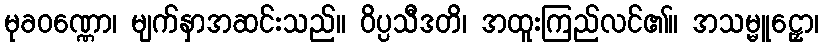
မုခဝဏ္ဏော၊ မျက်နှာအဆင်းသည်။ ဝိပ္ပသီဒတိ၊ အထူးကြည်လင်၏။ အသမ္မူဠှော၊